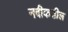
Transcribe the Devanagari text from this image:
नदीकडील